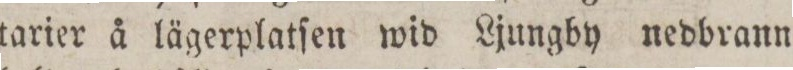
tarier å lägerplatſen wid Ljungby nedbrann